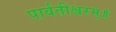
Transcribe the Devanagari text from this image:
पार्वतीश्वरम्॥